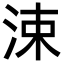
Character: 涑